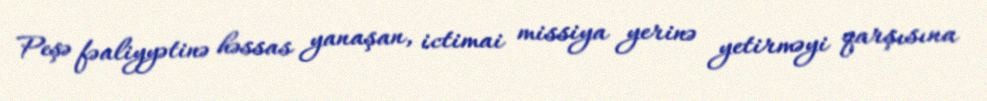
Peşə fəaliyyətinə həssas yanaşan, ictimai missiya yerinə yetirməyi qarşısına